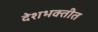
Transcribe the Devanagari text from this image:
देशभक्तीत